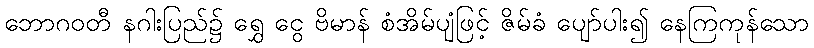
ဘောဂဝတီ နဂါးပြည်၌ ရွှေ ငွေ ဗိမာန် စံအိမ်ပျံဖြင့် ဇိမ်ခံ ပျော်ပါး၍ နေကြကုန်သော